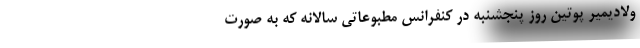
ولادیمیر پوتین روز پنجشنبه در کنفرانس مطبوعاتی سالانه که به صورت